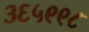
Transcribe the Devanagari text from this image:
३६५९९८